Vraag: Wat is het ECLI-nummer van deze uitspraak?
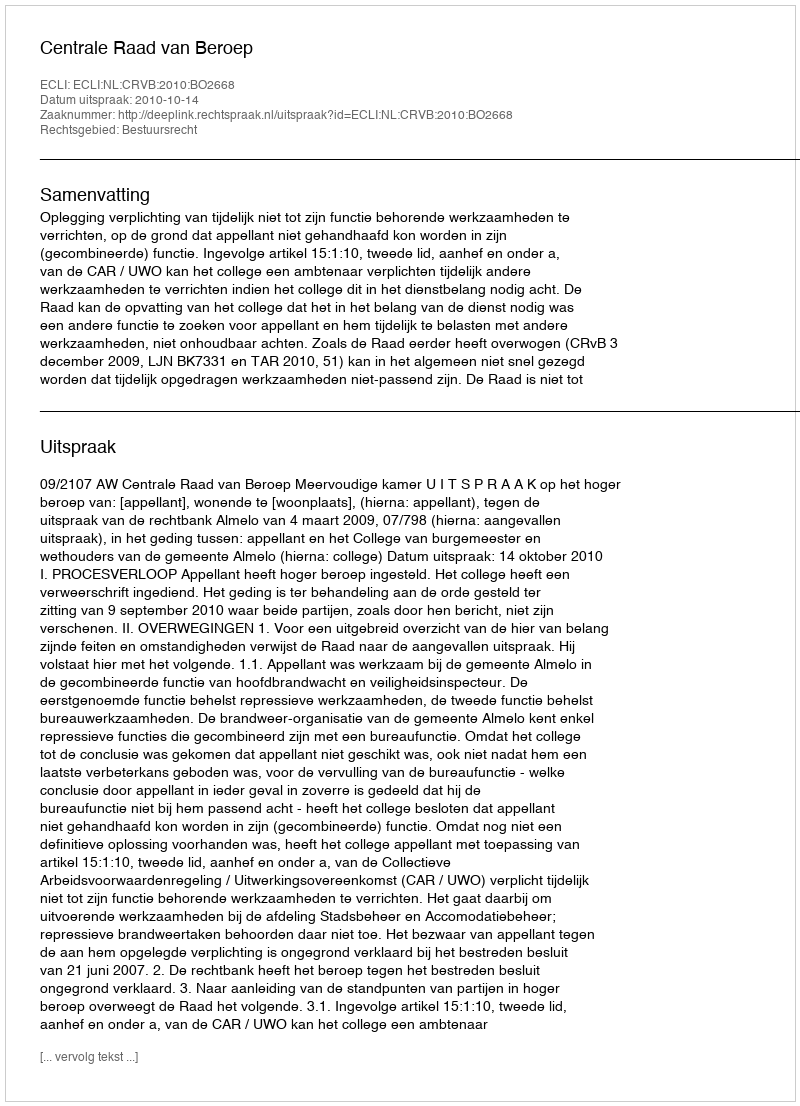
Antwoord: ECLI:NL:CRVB:2010:BO2668